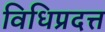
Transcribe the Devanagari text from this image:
विधिप्रदत्त